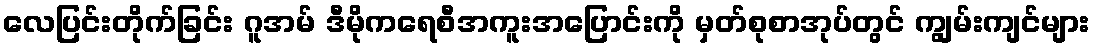
လေပြင်းတိုက်ခြင်း ဂူအမ် ဒီမိုကရေစီအကူးအပြောင်းကို မှတ်စုစာအုပ်တွင် ကျွမ်းကျင်များ